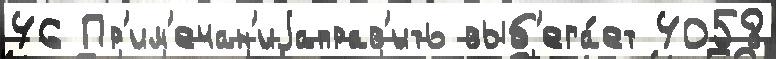
46 Пр'им'ечан'иjаправ'ить выб'ега́ет 4058